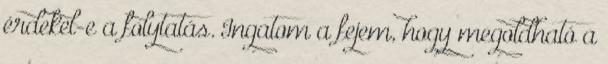
érdekel-e a folytatás. Ingatom a fejem, hogy megoldható a